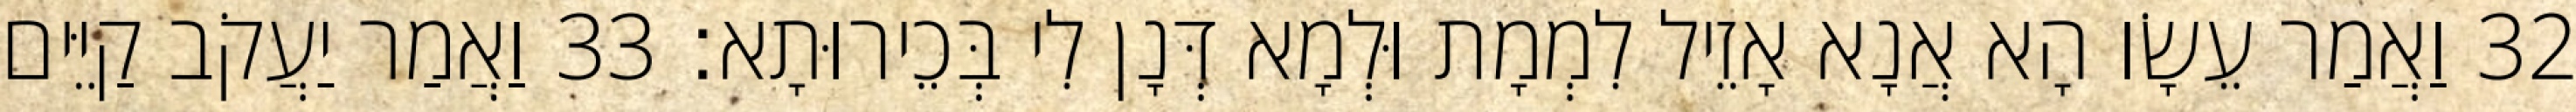
32 וַאֲמַר עֵשָׂו הָא אֲנָא אָזֵיל לִמְמָת וּלְמָא דְּנָן לִי בְּכֵירוּתָא׃ 33 וַאֲמַר יַעֲקֹב קַיֵּים